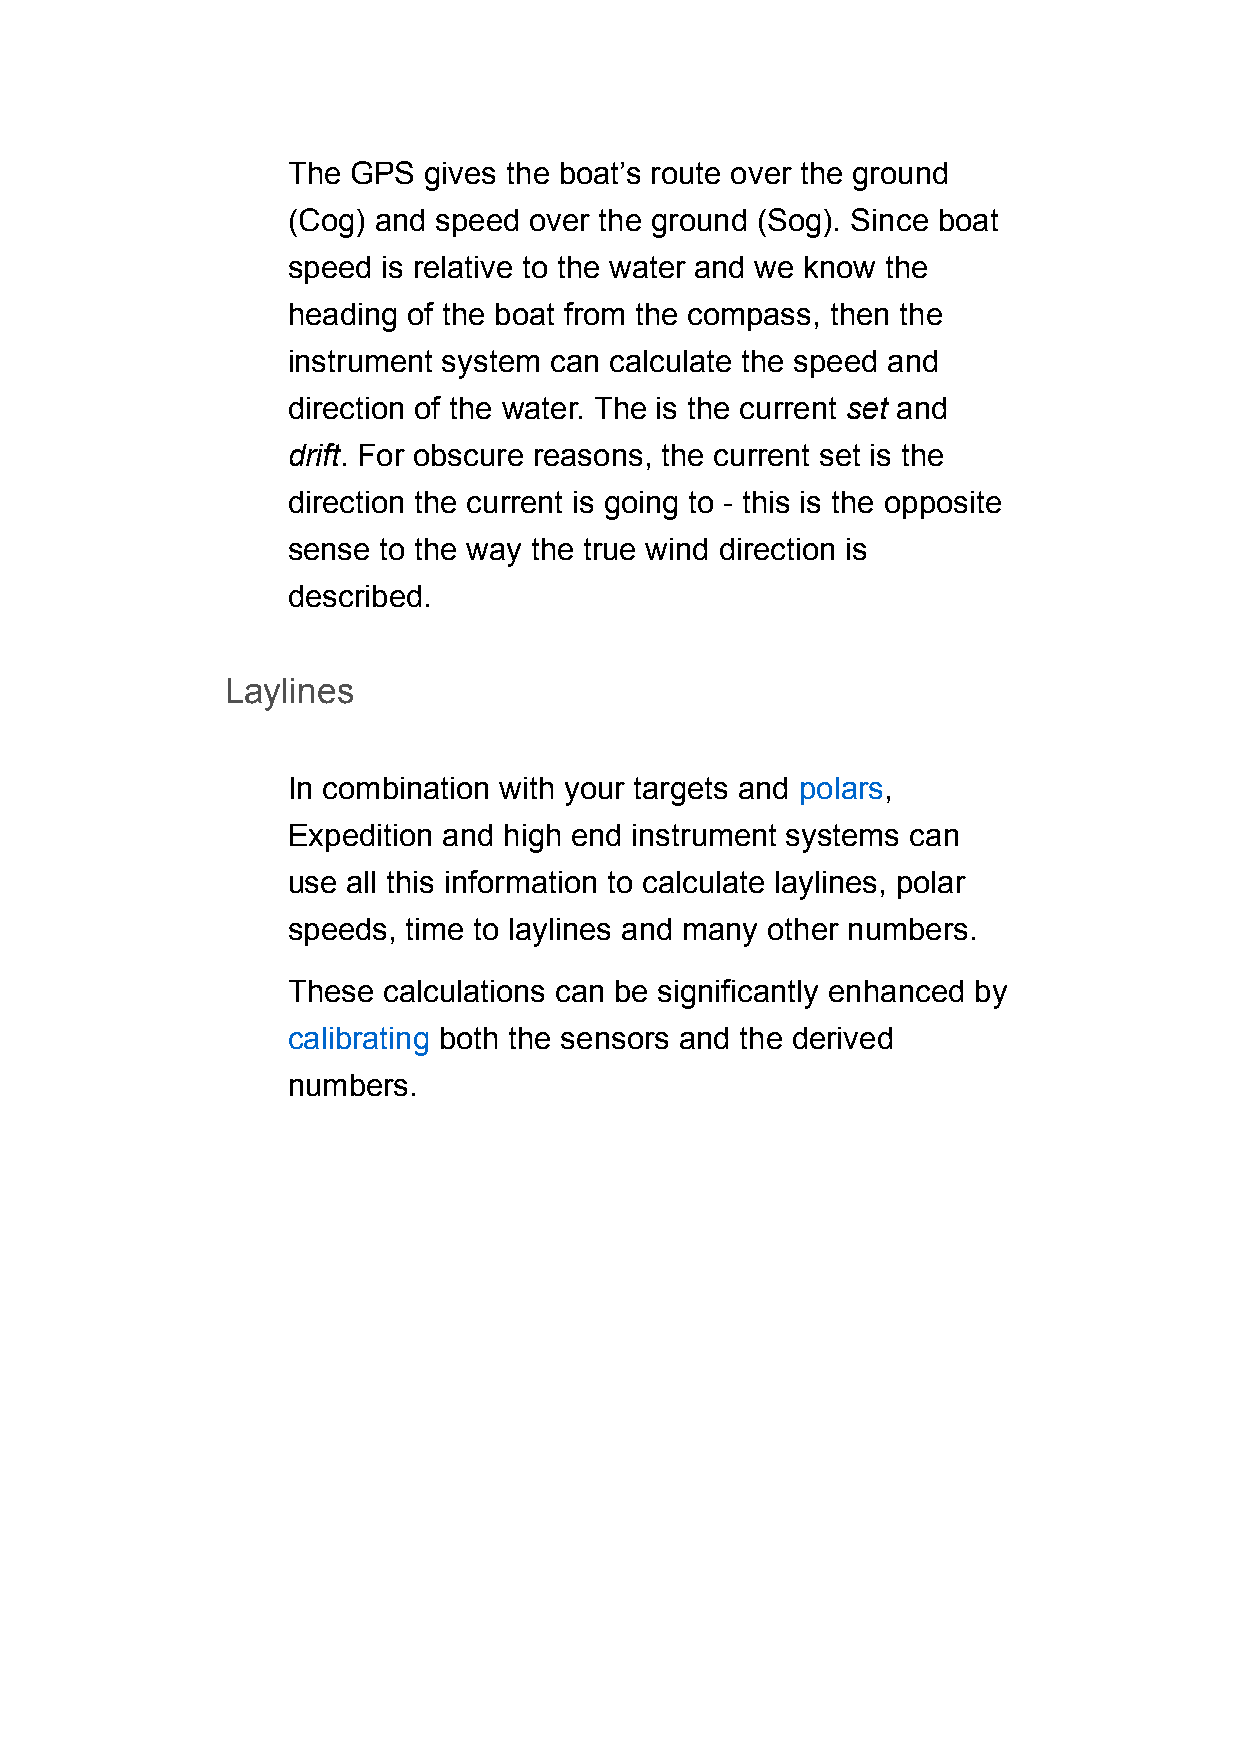
The GPS  gives the boat’s route over the ground
 (Cog) and speed over the ground (Sog). Since boat
 speed is relative to the water and we know the
 heading of the boat from the compass, then the
 instrument system can calculate the speed and
 direction of the water. The is the current set and
 drift. For obscure reasons, the current set is the
 direction the current is going to - this is the opposite
 sense to the way the true wind direction is
 described.
 Laylines
 In combination with your targets and polars,
 Expedition and high end instrument systems can
 use all this information to calculate laylines, polar
 speeds, time to laylines and many other numbers.
 These calculations can be significantly enhanced by
 calibrating both the sensors and the derived
 numbers.